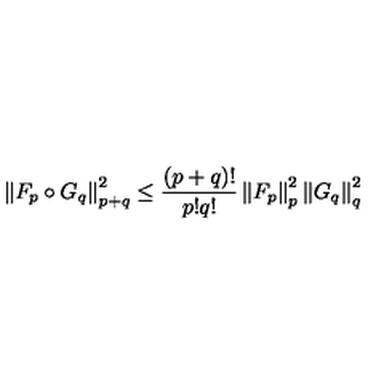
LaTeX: \left\| F _ { p } \circ G _ { q } \right\| _ { p + q } ^ { 2 } \leq \frac { ( p + q ) ! } { p ! q ! } \left\| F _ { p } \right\| _ { p } ^ { 2 } \left\| G _ { q } \right\| _ { q } ^ { 2 }